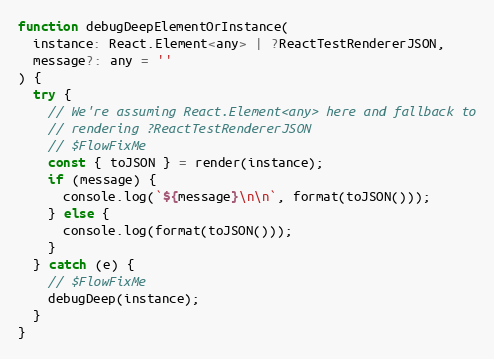
Language: JavaScript
function debugDeepElementOrInstance(
  instance: React.Element<any> | ?ReactTestRendererJSON,
  message?: any = ''
) {
  try {
    // We're assuming React.Element<any> here and fallback to
    // rendering ?ReactTestRendererJSON
    // $FlowFixMe
    const { toJSON } = render(instance);
    if (message) {
      console.log(`${message}\n\n`, format(toJSON()));
    } else {
      console.log(format(toJSON()));
    }
  } catch (e) {
    // $FlowFixMe
    debugDeep(instance);
  }
}